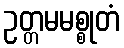
ဥတ္တမမစ္စုတံ